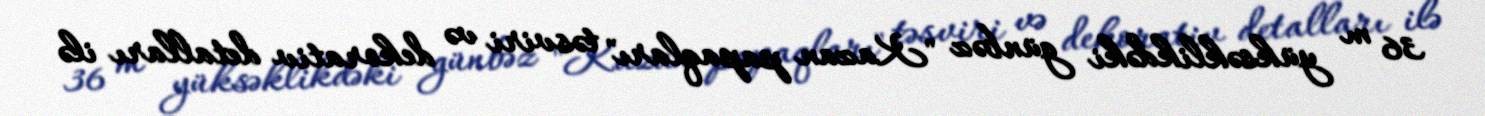
36 m yüksəklikdəki günbəz "Kazan papaqları" təsviri və dekorativ detalları ilə